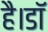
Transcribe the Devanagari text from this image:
है।डॉ